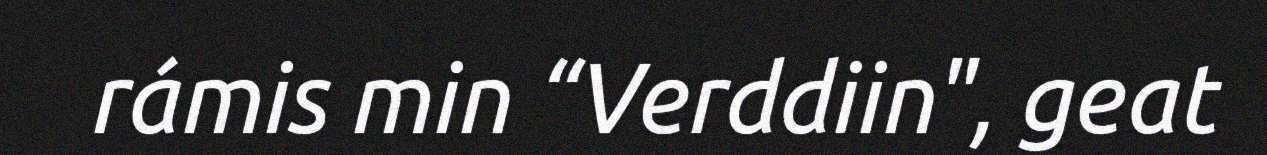
rámis min “Verddiin", geat